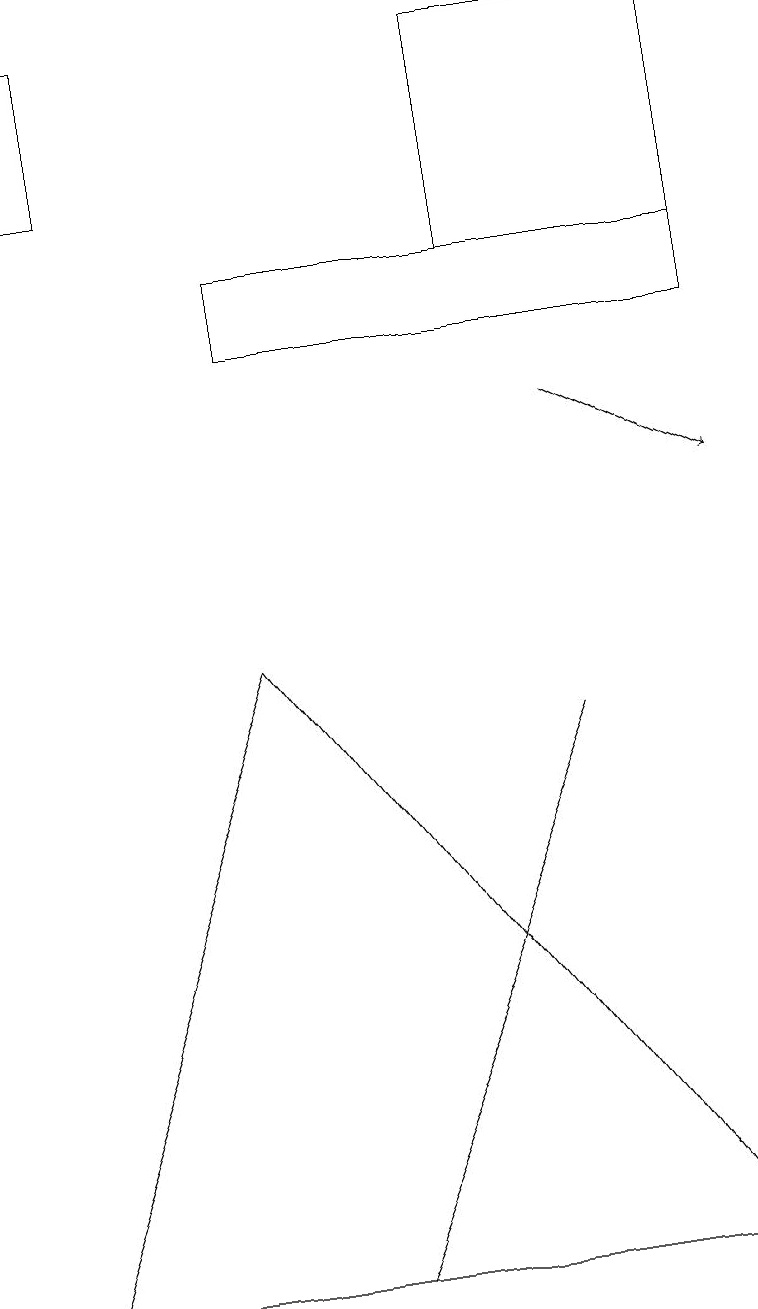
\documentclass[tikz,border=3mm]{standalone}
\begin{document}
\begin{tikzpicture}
\draw (9,17) rectangle (6,14);
\draw[->] (7,12) -- (9,11);
\draw (7,8) -- (7,8) -- (4,1) -- cycle;
\draw (0,15) rectangle (1,17);
\draw (3,13) rectangle (9,14);
\draw (3,9) -- (0,1) -- (9,1) -- cycle;
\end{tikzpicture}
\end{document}